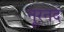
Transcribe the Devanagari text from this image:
नूरनद